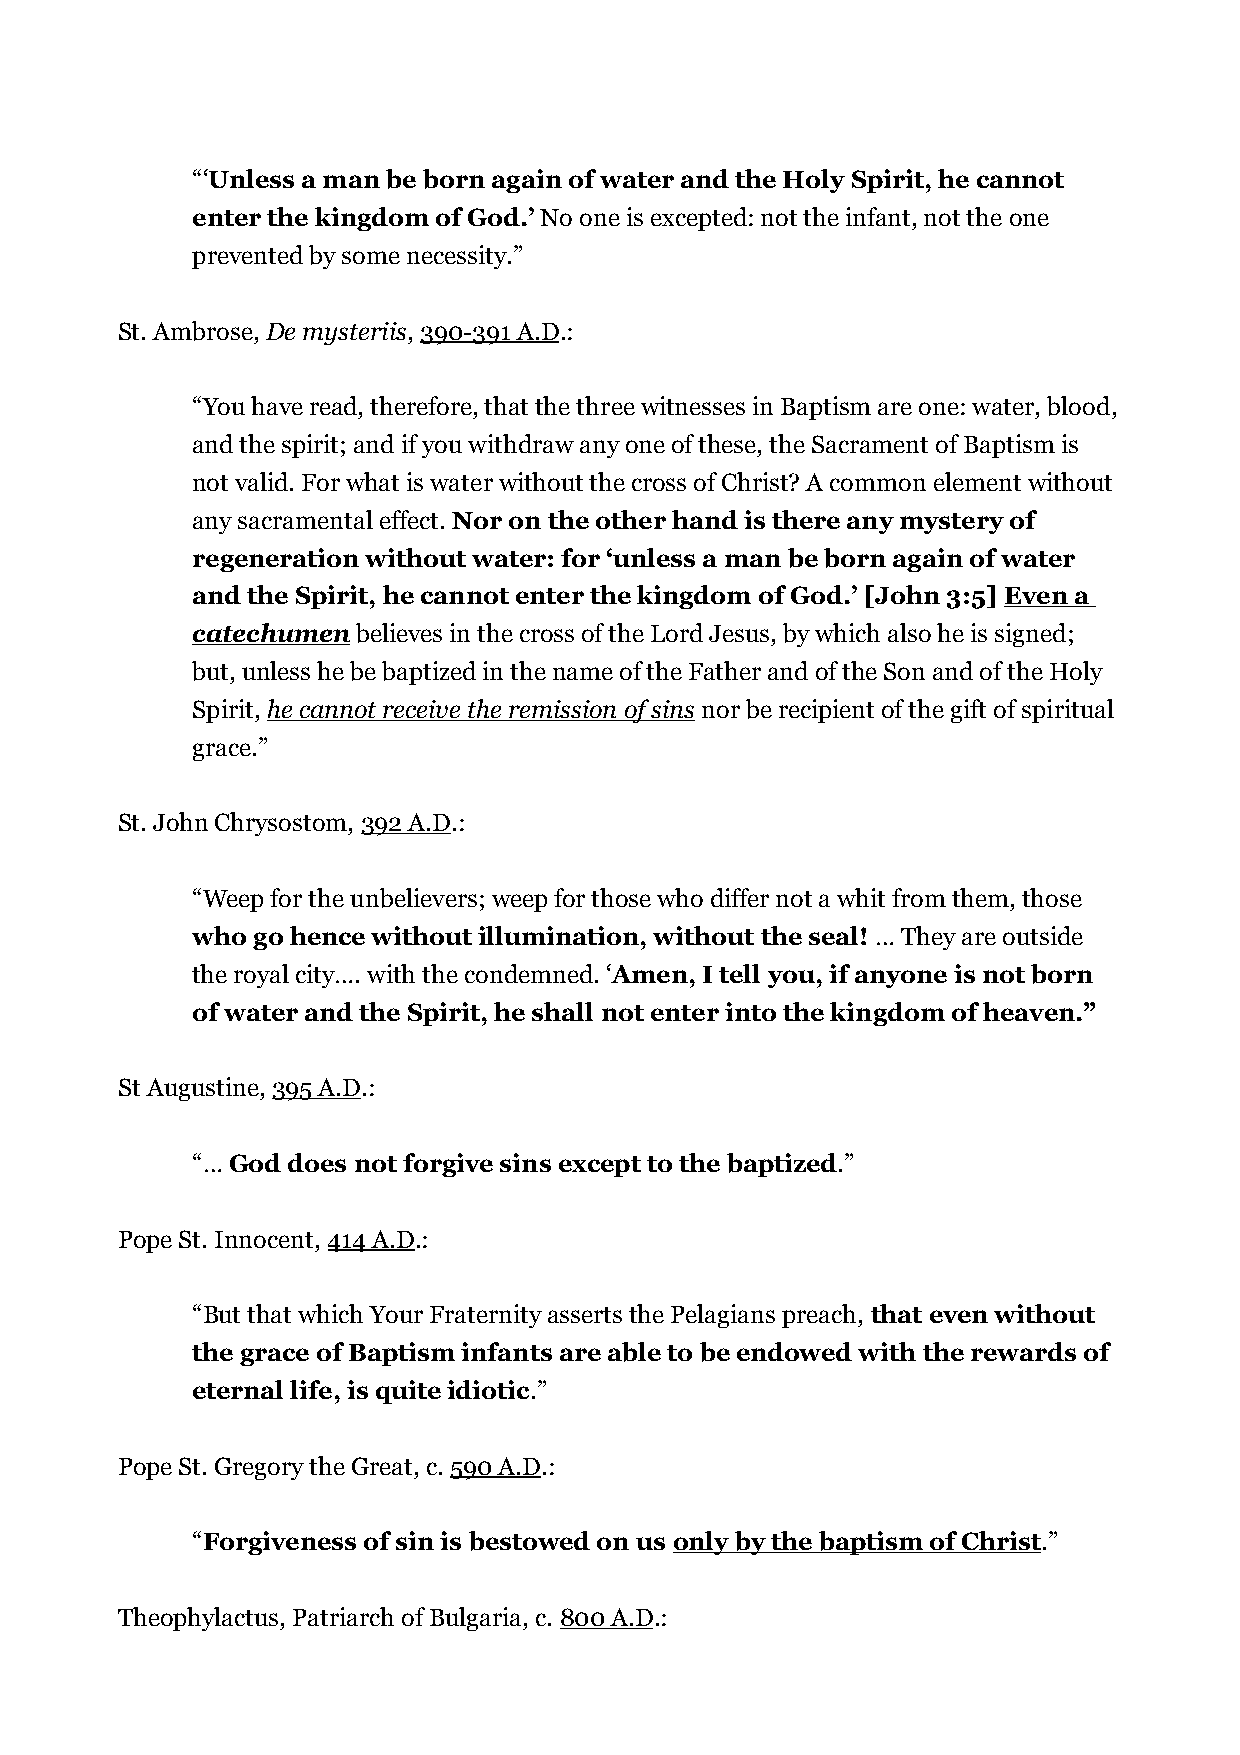
“‘Unless a man be born again of water and the Holy Spirit, he cannot
 enter the kingdom of God.’ No one is excepted: not the infant, not the one
 prevented by some necessity.”
 St. Ambrose, De mysteriis, 390-391 A.D.:
 “You have read, therefore, that the three witnesses in Baptism are one: water, blood,
 and the spirit; and if you withdraw any one of these, the Sacrament of Baptism is
 not valid. For what is water without the cross of Christ? A common element without
 any sacramental effect. Nor on the other hand is there any mystery of
 regeneration without water: for ‘unless a man be born again of water
 and the Spirit, he cannot enter the kingdom of God.’ [John 3:5] Even a
 catechumen believes in the cross of the Lord Jesus, by which also he is signed;
 but, unless he be baptized in the name of the Father and of the Son and of the Holy
 Spirit, he cannot receive the remission of sins nor be recipient of the gift of spiritual
 grace.”
 St. John Chrysostom, 392 A.D.:
 “Weep for the unbelievers; weep for those who differ not a whit from them, those
 who go hence without illumination, without the seal! … They are outside
 the royal city…. with the condemned. ‘Amen, I tell you, if anyone is not born
 of water and the Spirit, he shall not enter into the kingdom of heaven.”
 St Augustine, 395 A.D.:
 “… God does not forgive sins except to the baptized.”
 Pope St. Innocent, 414 A.D.:
 “But that which Your Fraternity asserts the Pelagians preach, that even without
 the grace of Baptism infants are able to be endowed with the rewards of
 eternal life, is quite idiotic.”
 Pope St. Gregory the Great, c. 590 A.D.:
 “Forgiveness of sin is bestowed on us only by the baptism of Christ.”
 Theophylactus, Patriarch of Bulgaria, c. 800 A.D.: